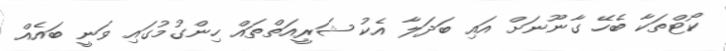
ކޯޓްތަކާ ބެހޭ ގާނޫނަށް އައި ބަދަލާ އެކު ޝަރީއަތްތައް ހިންގުމުގައި ވަނީ ބައެއް